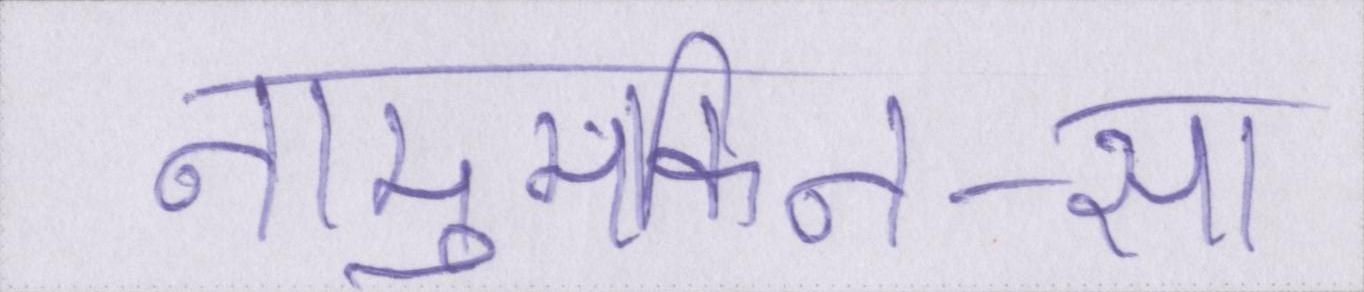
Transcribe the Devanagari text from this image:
नामुमकिन-सा